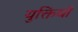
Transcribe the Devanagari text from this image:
युक्तियॉ